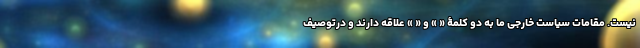
نیست. مقامات سیاست خارجی ما به دو کلمۀ « » و « » علاقه دارند و درتوصیف